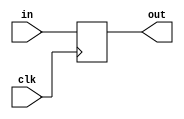
//=============================================
// D Flip-Flop
//=============================================


module DFF (clk,in,out);
  parameter REGISTER_WIDTH = 1;
  parameter initialValue = 0;

  input  clk;
  input  [REGISTER_WIDTH-1:0]  in;
  output [REGISTER_WIDTH-1:0] out;
  reg    [REGISTER_WIDTH-1:0] out;
  
  initial out = {REGISTER_WIDTH{initialValue}};

  always @(posedge clk)//<--This is the statement that makes the circuit behave with TIME
    out = in;
endmodule